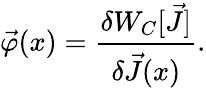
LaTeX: \vec{\varphi}(x)=\frac{\delta W_{C}[\vec{J}]}{\delta\vec{J}(x)}.